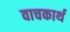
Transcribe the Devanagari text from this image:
वाचकार्थ